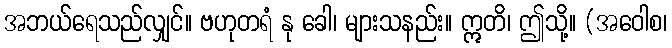
အဘယ်ရေသည်လျှင်။ ဗဟုတရံ နု ခေါ၊ များသနည်း။ ဣတိ၊ ဤသို့။ (အဝေါစ၊